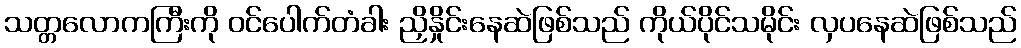
သတ္တလောကကြီးကို ဝင်ပေါက်တံခါး ညှိနှိုင်းနေဆဲဖြစ်သည် ကိုယ်ပိုင်သမိုင်း လှပနေဆဲဖြစ်သည်